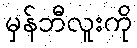
မှန်ဘီလူးကို